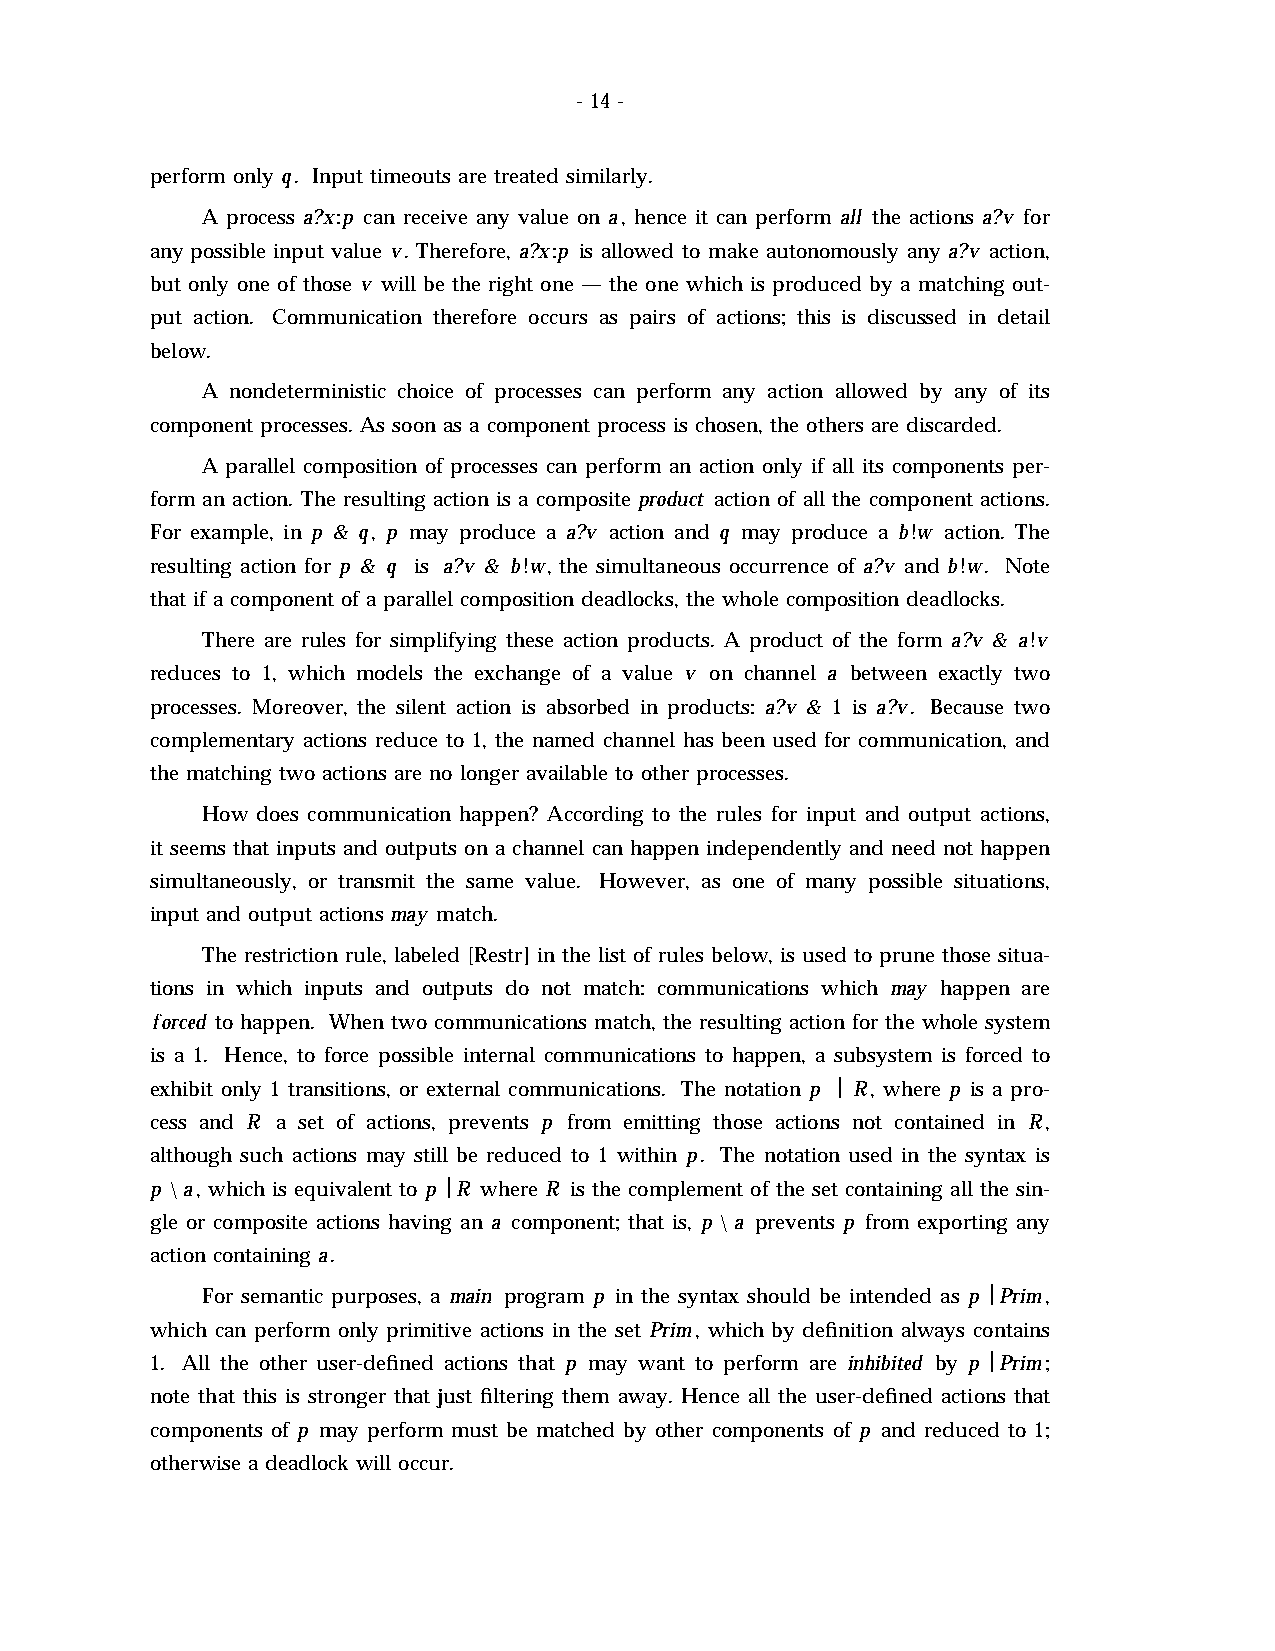
- 14 -
 perform only q. Input timeouts are treated similarly.
 A process a?x:p can receive any value on a, hence it can perform all the actions a?v for
 any possible input value v. Therefore, a?x:p is allowed to make autonomously any a?v action,
 but only one of those v will be the right one — the one which is produced by a matching out-
 put action. Communication therefore occurs as pairs of actions; this is discussed in detail
 below.
 A nondeterministic choice of processes can perform any action allowed by any of its
 component processes. As soon as a component process is chosen, the others are discarded.
 A parallel composition of processes can perform an action only if all its components per-
 form an action. The resulting action is a composite product action of all the component actions.
 For example, in p & q, p may produce a a?v action and q may produce a b!w action. The
 resulting action for p & q is a?v & b!w, the simultaneous occurrence of a?v and b!w. Note
 that if a component of a parallel composition deadlocks, the whole composition deadlocks.
 There are rules for simplifying these action products. A product of the form a?v & a!v
 reduces to 1, which models the exchange of a value v on channel a between exactly two
 processes. Moreover, the silent action is absorbed in products: a?v & 1 is a?v. Because two
 complementary actions reduce to 1, the named channel has been used for communication, and
 the matching two actions are no longer available to other processes.
 How does communication happen? According to the rules for input and output actions,
 it seems that inputs and outputs on a channel can happen independently and need not happen
 simultaneously, or transmit the same value. However, as one of many possible situations,
 input and output actions may match.
 The restriction rule, labeled [Restr] in the list of rules below, is used to prune those situa-
 tions in which inputs and outputs do not match: communications which may happen are
 f orced to happen. When two communications match, the resulting action for the whole system
 is a 1. Hence, to force possible internal communications to happen, a subsystem is forced to
 exhibit only 1 transitions, or external communications. The notation p œ R, where p is a pro-
 cess and R a set of actions, prevents p from emitting those actions not contained in R,
 although such actions may still be reduced to 1 within p. The notation used in the syntax is
 p \ a, which is equivalent to p œ R where R is the complement of the set containing all the sin-
 gle or composite actions having an a component; that is, p \ a prevents p from exporting any
 action containing a.
 For semantic purposes, a main program p in the syntax should be intended as p œ Prim,
 which can perform only primitive actions in the set Prim, which by definition always contains
 1. All the other user-defined actions that p may want to perform are inhibited by p œ Prim;
 note that this is stronger that just filtering them away. Hence all the user-defined actions that
 components of p may perform must be matched by other components of p and reduced to 1;
 otherwise a deadlock will occur.